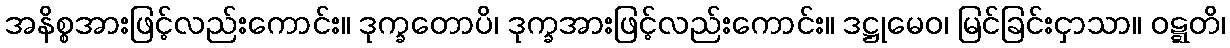
အနိစ္စအားဖြင့်လည်းကောင်း။ ဒုက္ခတောပိ၊ ဒုက္ခအားဖြင့်လည်းကောင်း။ ဒဋ္ဌုမေဝ၊ မြင်ခြင်းငှာသာ။ ဝဋ္ဋတိ၊